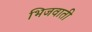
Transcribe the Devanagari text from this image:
भिजवाती